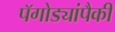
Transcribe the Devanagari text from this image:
पॅगोड्यांपैकी